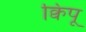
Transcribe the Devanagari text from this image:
क्विपू